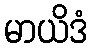
မာယိဒံ